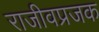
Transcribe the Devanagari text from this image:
राजीवप्रजक